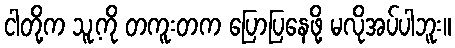
ငါတို့က သူ့ကို တကူးတက ပြောပြနေဖို့ မလိုအပ်ပါဘူး။